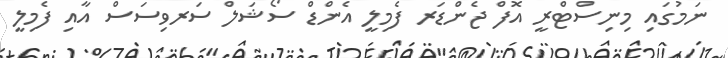
ނަމުގައި މިނިސްޓްރީ އޮފް ޖެންޑަރ ފެމިލީ އެންޑް ސޯޝަލް ސަރވިސަސް އާއި ފެމިލީ